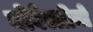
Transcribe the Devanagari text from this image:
नोवेल्लीनो